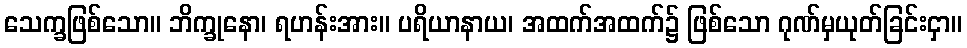
သေက္ခဖြစ်သော။ ဘိက္ခုနော၊ ရဟန်းအား။ ပရိယာနာယ၊ အထက်အထက်၌ ဖြစ်သော ဂုဏ်မှယုတ်ခြင်းငှာ။